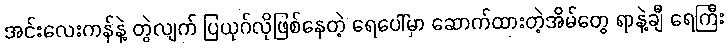
အင်းလေးကန်နဲ့ တွဲလျက် ပြယုဂ်လိုဖြစ်နေတဲ့ ရေပေါ်မှာ ဆောက်ထားတဲ့အိမ်တွေ ရာနဲ့ချီ ရေကြီး